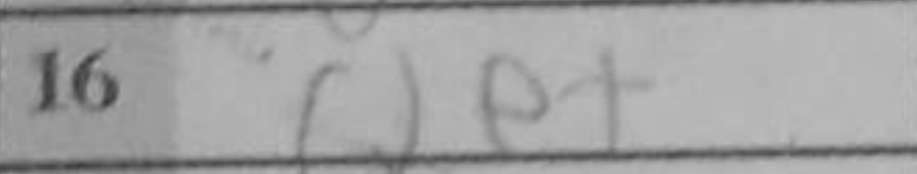
Transcription: Qe+